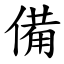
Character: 備